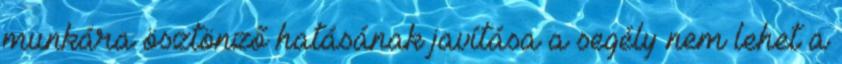
munkára ösztönző hatásának javítása a segély nem lehet a